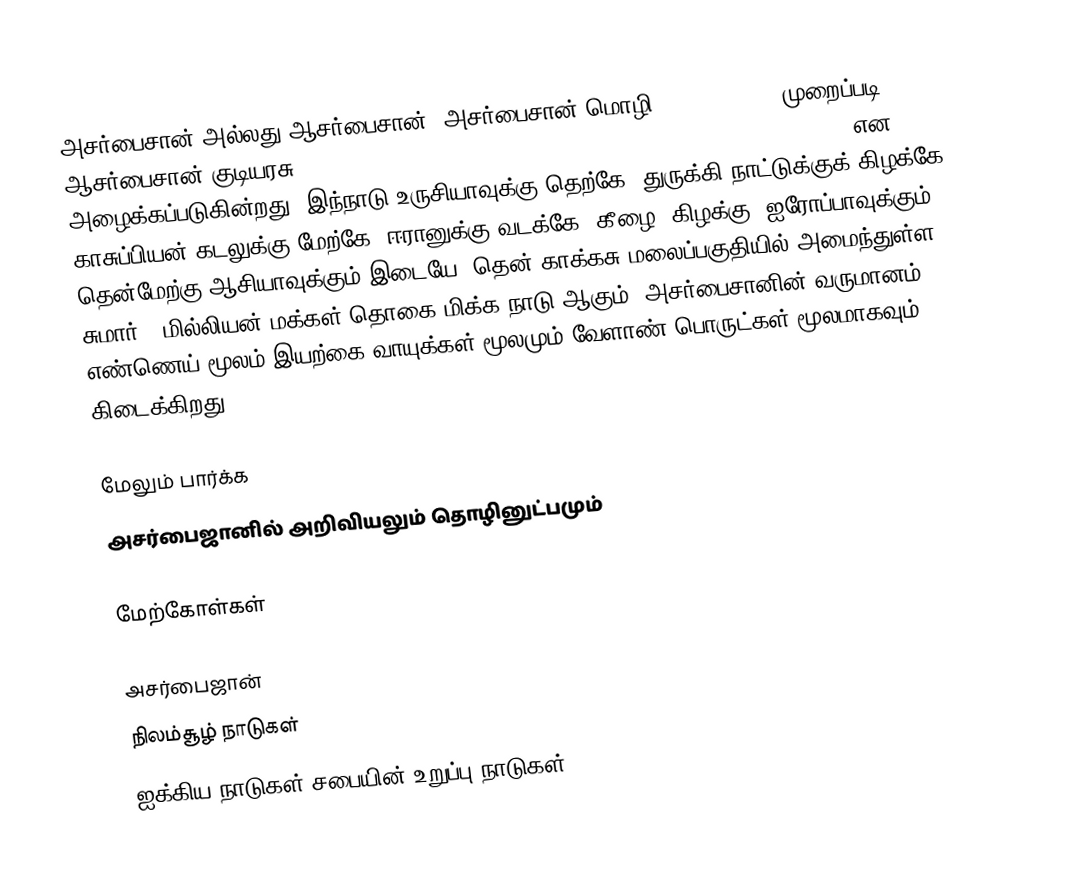
அசர்பைசான் அல்லது ஆசர்பைசான்  (அசர்பைசான் மொழி: Azərbaycan), முறைப்படி ஆசர்பைசான் குடியரசு (Republic of Azerbaijan (Azerbaijani: Azərbaycan Respublikası)) என அழைக்கப்படுகின்றது. இந்நாடு உருசியாவுக்கு தெற்கே, துருக்கி நாட்டுக்குக் கிழக்கே, காசுப்பியன் கடலுக்கு மேற்கே,  ஈரானுக்கு வடக்கே, கீழை (கிழக்கு) ஐரோப்பாவுக்கும் தென்மேற்கு ஆசியாவுக்கும் இடையே, தென் காக்கசு மலைப்பகுதியில் அமைந்துள்ள, சுமார் 9 மில்லியன் மக்கள் தொகை மிக்க நாடு ஆகும். அசர்பைசானின் வருமானம் எண்ணெய் மூலம் இயற்கை வாயுக்கள் மூலமும் வேளாண் பொருட்கள் மூலமாகவும் கிடைக்கிறது.

மேலும் பார்க்க
 அசர்பைஜானில் அறிவியலும் தொழினுட்பமும்

மேற்கோள்கள்

அசர்பைஜான்
நிலம்சூழ் நாடுகள்
ஐக்கிய நாடுகள் சபையின் உறுப்பு நாடுகள்